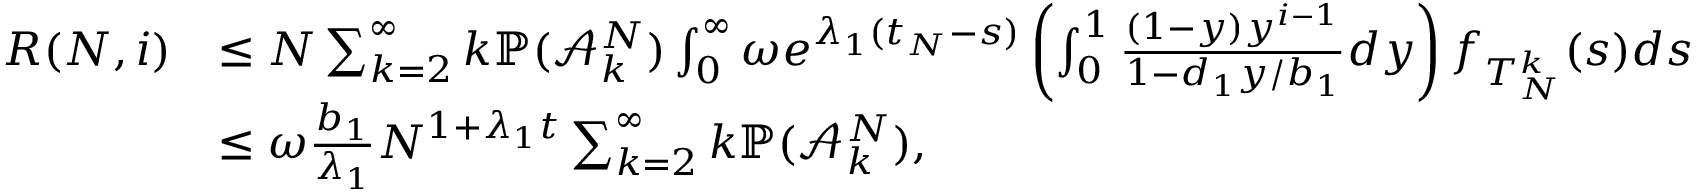
\begin{array} { r l } { R ( N , i ) } & { \leq N \sum _ { k = 2 } ^ { \infty } k \mathbb { P } ( \mathcal { A } _ { k } ^ { N } ) \int _ { 0 } ^ { \infty } \omega e ^ { \lambda _ { 1 } ( t _ { N } - s ) } \left( \int _ { 0 } ^ { 1 } \frac { ( 1 - y ) y ^ { i - 1 } } { 1 - d _ { 1 } y / b _ { 1 } } d y \right) f _ { T _ { N } ^ { k } } ( s ) d s } \\ & { \leq \omega \frac { b _ { 1 } } { \lambda _ { 1 } } N ^ { 1 + \lambda _ { 1 } t } \sum _ { k = 2 } ^ { \infty } k \mathbb { P } ( \mathcal { A } _ { k } ^ { N } ) , } \end{array}